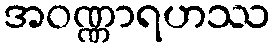
အဝဏ္ဏာရဟဿ